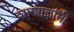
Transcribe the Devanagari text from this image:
शास्त्राज्ञांनी